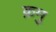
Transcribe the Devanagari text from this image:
क्रमु